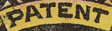
PATENT